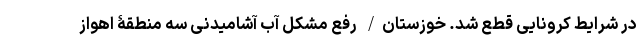
در شرایط کرونایی قطع شد. خوزستان/ رفع مشکل آب آشامیدنی سه منطقۀ اهواز